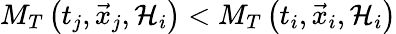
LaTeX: M_{T}\left(t_{j},\vec{x}_{j},{\cal H}_{i}\right)<M_{T}\left(t_{i},\vec{x}_{i},{\cal H}_{i}\right)